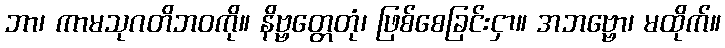
ဘာ၊ ကာမသုဂတိဘဝကို။ နိဗ္ဗတ္တေတုံ၊ ဖြစ်စေခြင်းငှာ။ အဘဗ္ဗော၊ မထိုက်။